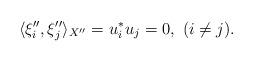
LaTeX: \begin{align*}\langle \xi''_i, \xi''_j \rangle_{X''} = u^*_iu_j = 0, \ (i \neq j).\end{align*}